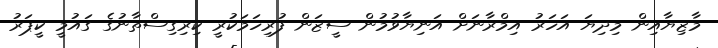
މާޒިޔާއިން މިދިޔަ އަހަރު އިމްރާނަށް އަނިޔާވުމުން ސީޒަން ފުރިހަމަކުރީ ކިރިގިސްތާނުގެ ގައުމީ ކީޕަރު